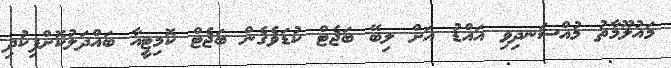
މައުލޫމާތު މުއްސަނދިވި އައްޑު އަށް ލިބޭ ބަޖެޓް ކުޑަވެގެން ބަޖެޓް ކޮމިޓީއާ ބައްދަލުކޮށްފިކުދި